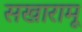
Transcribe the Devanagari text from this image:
सखारामू